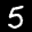
Label: 5